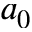
a _ { 0 }